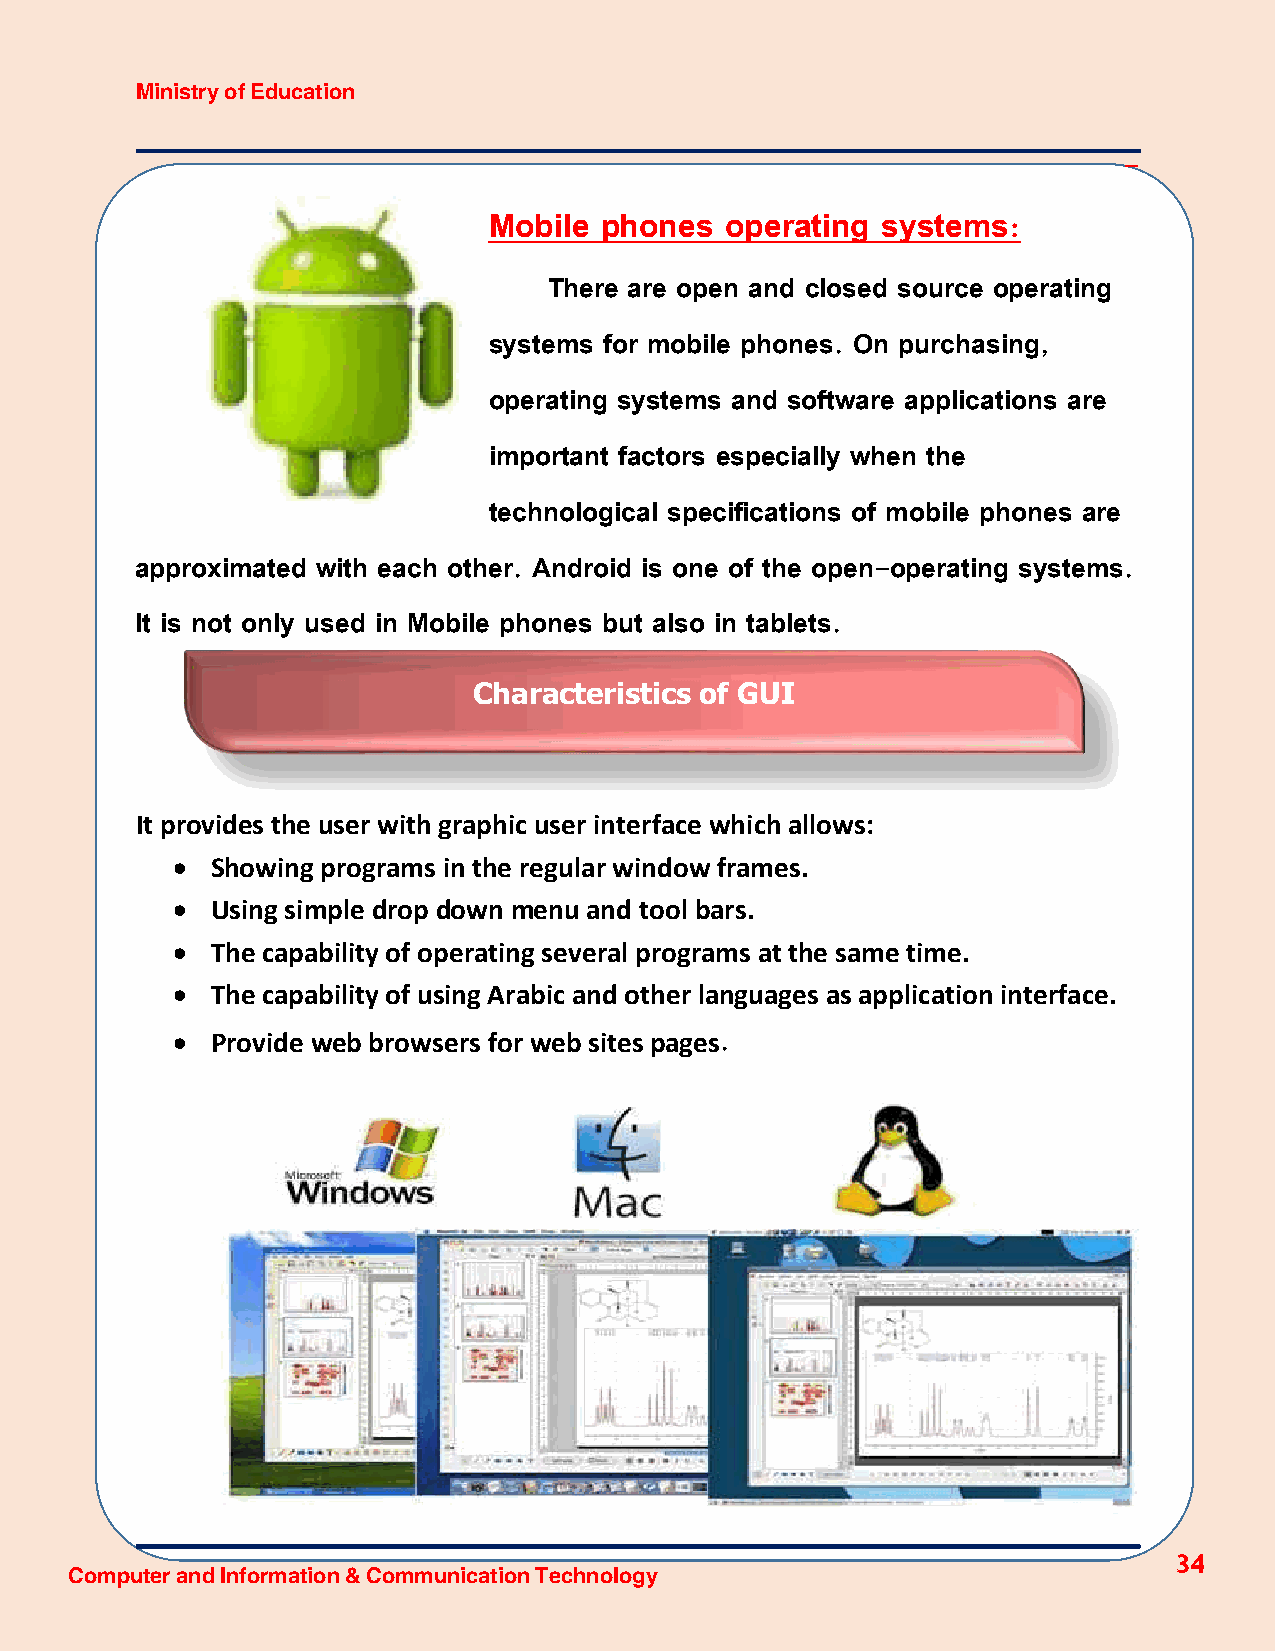
Ministry of Education
 -
 Mobile  phones  operating systems:
 There are open and closed source operating
 systems for mobile phones. On purchasing,
 operating systems and software applications are
 important factors especially when the
 technological specifications of mobile phones are
 approximated with each other. Android is one of the open-operating systems.
 It is not only used in Mobile phones but also in tablets.
 Characteristics of GUI
 It provides the user with graphic user interface which allows:
   Showing programs in the regular window frames.
   Using simple drop down menu and tool bars.
   The capability of operating several programs at the same time.
   The capability of using Arabic and other languages as application interface.
   Provide web browsers for web sites pages
 .
 34
 Computer and Information & Communication Technology